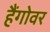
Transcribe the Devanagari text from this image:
हैंगोवर